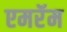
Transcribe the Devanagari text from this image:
एमरॅम